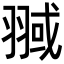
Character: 𦑌